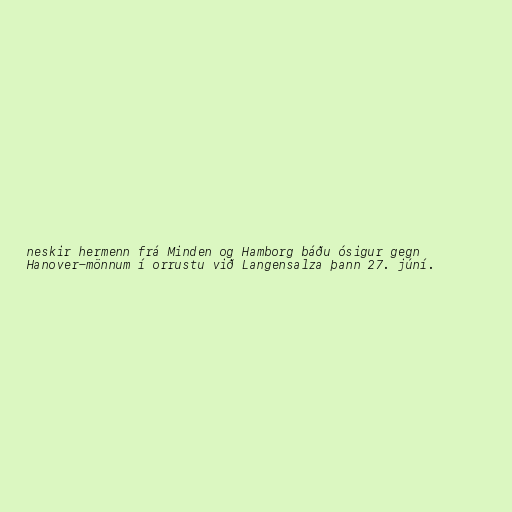
neskir hermenn frá Minden og Hamborg báðu ósigur gegn
Hanover-mönnum í orrustu við Langensalza þann 27. júní.